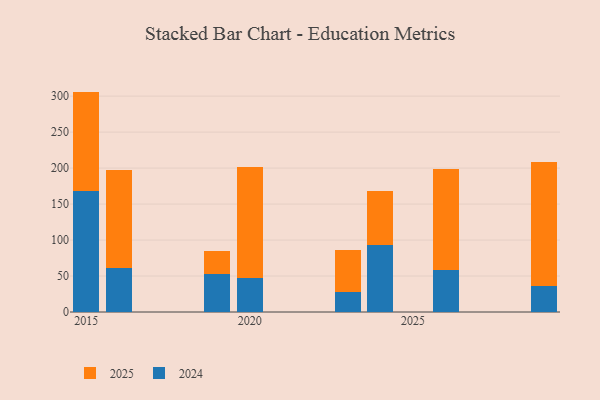
{"axis": {"x": "Year", "y": "Customer Acquisition Cost (USD)"}, "legend": ["2024", "2025"], "data": [{"x": "2023", "y": 57.9, "type": "2025"}, {"x": "2023", "y": 28.0, "type": "2024"}, {"x": "2026", "y": 139.6, "type": "2025"}, {"x": "2026", "y": 59.0, "type": "2024"}, {"x": "2020", "y": 154.6, "type": "2025"}, {"x": "2020", "y": 47.1, "type": "2024"}, {"x": "2015", "y": 137.5, "type": "2025"}, {"x": "2015", "y": 168.8, "type": "2024"}, {"x": "2029", "y": 172.2, "type": "2025"}, {"x": "2029", "y": 35.6, "type": "2024"}, {"x": "2019", "y": 31.5, "type": "2025"}, {"x": "2019", "y": 52.9, "type": "2024"}, {"x": "2024", "y": 75.5, "type": "2025"}, {"x": "2024", "y": 93.2, "type": "2024"}, {"x": "2016", "y": 135.0, "type": "2025"}, {"x": "2016", "y": 61.8, "type": "2024"}]}